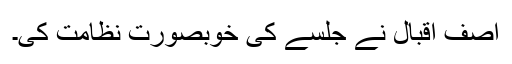
آصف اقبال نے جلسے کی خوبصورت نظامت کی۔